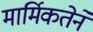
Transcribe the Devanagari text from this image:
मार्मिकतेने